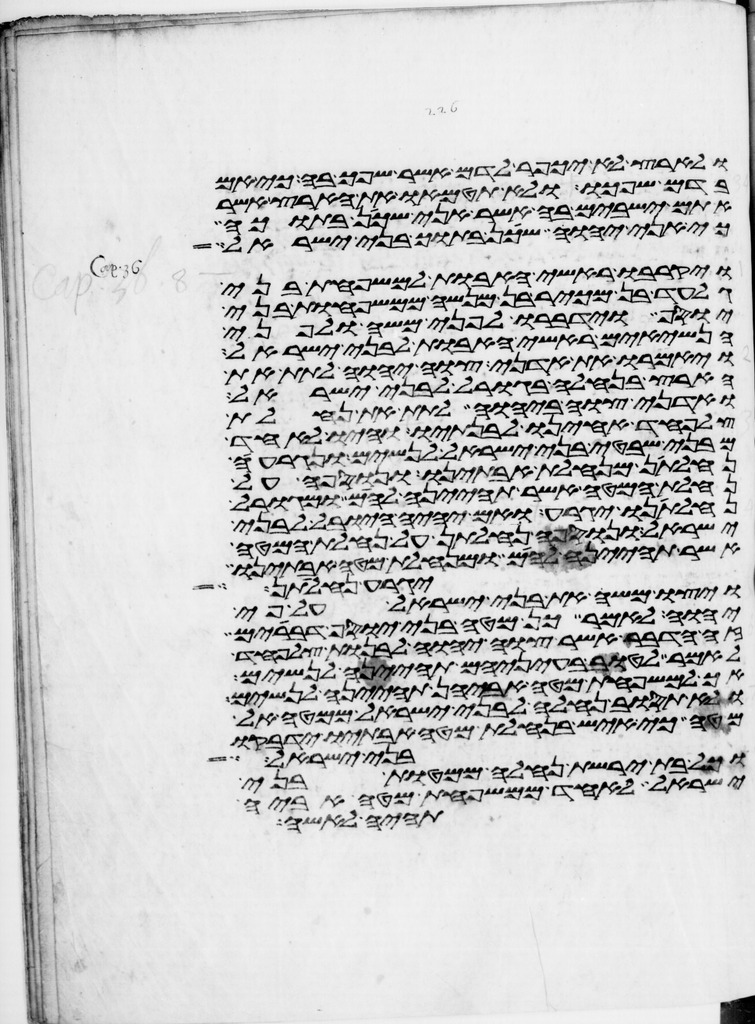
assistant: ולארץ לא יכפר לדם אשר שפך בה כי אם
בדם שפכו ולא תטמאו את הארץ אשר
אתם ישבים בה אשר אני שכן בתוכה
כי אני יהוה שכן בתוך בני ישראל
ויקרבו ראשי האבות למשפחות בני
גלעד בן מכיר בן מנשה ממשפחות בני
יוסף וידברו לפני משה ולפני
הנשיאים ראשי האבות לבני ישראל
ויאמרו את אדני צוה יהוה לתת את
הארץ בנחלה בגורל לבני ישראל
ואדני צוה ביהוה לתת את נחלת
צלפחד אחינו לבנתיו והיו לאחד
מבני שבטי בני ישראל לנשים ונגרעה
נחלתן מנחלת אבתינו ונוספה על
נחלת המטה אשר תהיינה להם ומגורל
נחלתנו יגרע ואם יהיה היובל לבני
ישראל ונוספה נחלתן על נחלת המטה
אשר תהיינה להם ומנחלת מטה אבתינו
ויצו משה את בני ישראל על פי
יגרע נחלתן
יהוה לאמר כן מטה בני יוסף דברים
זה הדבר אשר צוה יהוה לבנות צלפחד
לאמר לטוב בעיניהם תהינה לנשים
אך למשפחת מטה אביהן תהינה לנשים
ולא תסוב נחלה לבני ישראל ממטה אל
מטה כי איש בנחלת מטה אבתיו ידבקו
וכל בת ירשת נחלה ממטות בני
בני ישראל
ישראל לאחד ממשפחת מטה אביה
תהיה לאשה